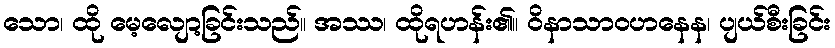
သော၊ ထို မေ့လျော့ခြင်းသည်။ အဿ၊ ထိုရဟန်း၏။ ဝိနာသာဝဟနေန၊ ပျယ်စီးခြင်း